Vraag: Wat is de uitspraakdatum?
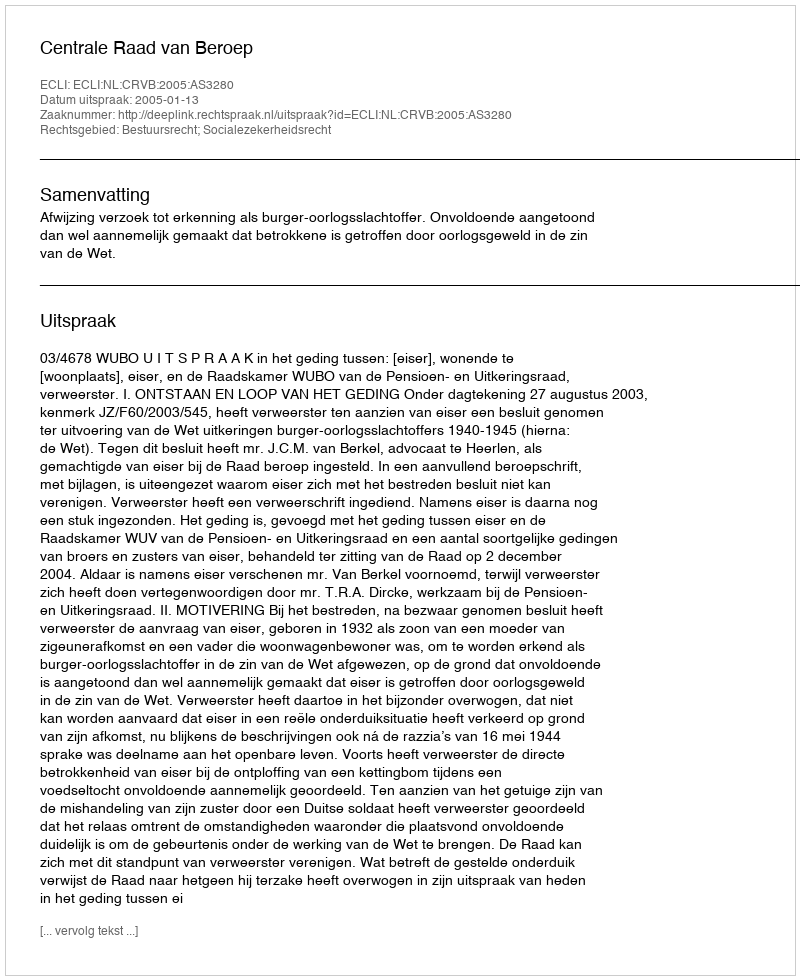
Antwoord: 2005-01-13